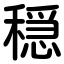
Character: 穏